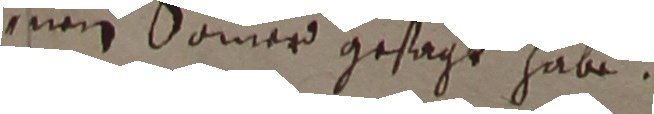
ne sommer gesagt habe.